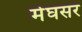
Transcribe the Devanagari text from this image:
मेघसर